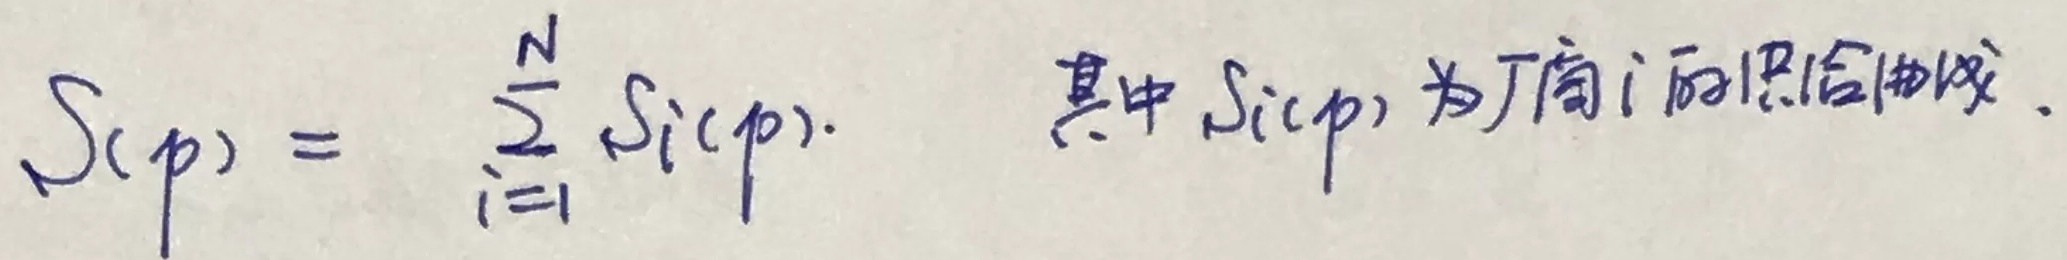
\(S(p)=\sum_{i = 1}^{N} S_i(p)\)。其中\(S_i(p)\)为厂商\(i\)的供给曲线。